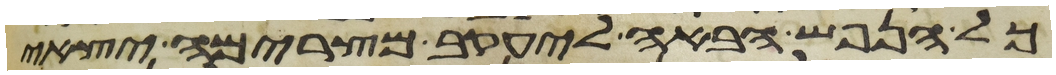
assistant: כל הנפש הבאה ליעקב מצרימה יצאי